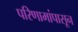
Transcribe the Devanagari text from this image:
परिणामांपासून